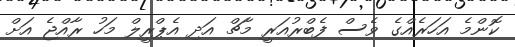
ކޮންމެ އަހަރެއްގެ ވެސް ފެބްރުއަރީ މާޗް އަދި އެޕްރީލް މަހު ރާއްޖެ އަށް